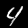
Label: 4